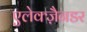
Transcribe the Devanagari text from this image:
एलेक्ज़ैनडर